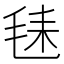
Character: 𪵛